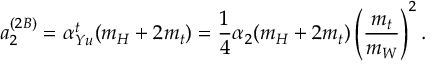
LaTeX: a _ { 2 } ^ { ( 2 B ) } = \alpha _ { Y u } ^ { t } ( m _ { H } + 2 m _ { t } ) = \frac { 1 } { 4 } \alpha _ { 2 } ( m _ { H } + 2 m _ { t } ) \left( \frac { m _ { t } } { m _ { W } } \right) ^ { 2 } .